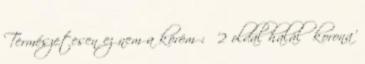
Természetesen ez nem a köröm : '2 oldal halál korona'